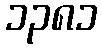
၁၃၈၁